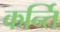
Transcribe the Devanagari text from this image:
कर्न्ति